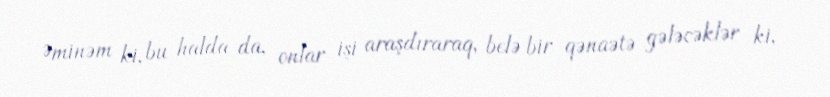
Əminəm ki, bu halda da, onlar işi araşdıraraq, belə bir qənaətə gələcəklər ki,